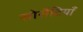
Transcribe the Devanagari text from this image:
सोसैटियाँ